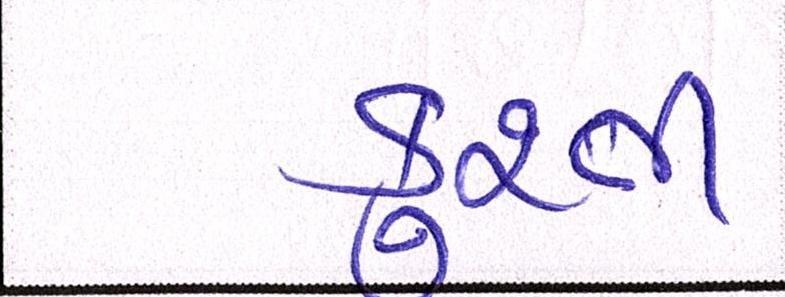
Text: કુશ્તી